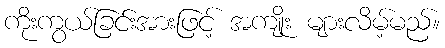
ကိုးကွယ်ခြင်းအားဖြင့် အကျိုး များလိမ့်မည်။